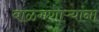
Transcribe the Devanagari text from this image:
बाळगणाऱ्यांना